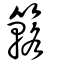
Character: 簵